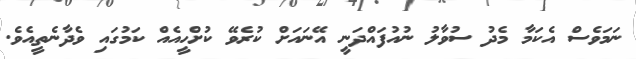
ނަމަވެސް އެކަމާ މެދު ސުވާލު ނުއުފައްދަނީ އޭނައަށް ކުރެވޭ ކުށްހީއެއް ކަމުގައި ވެދާނެތީއެވެ.